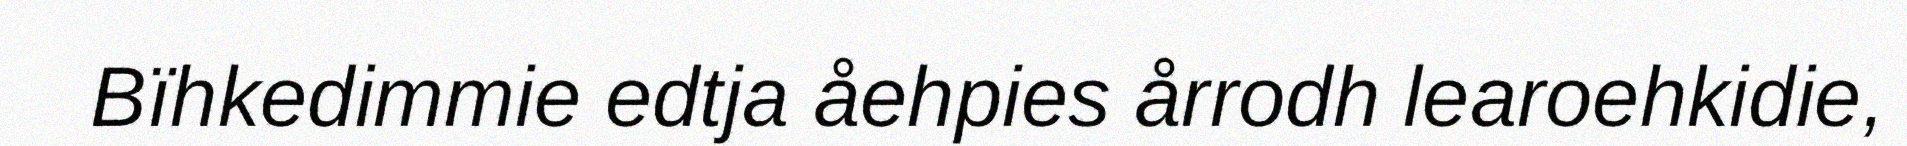
Bïhkedimmie edtja åehpies årrodh learoehkidie,